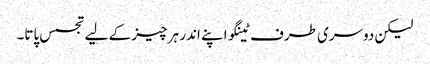
لیکن دوسری طرف ٹینگو اپنے اندر ہر چیز کے لیے تجسس پاتا۔